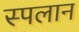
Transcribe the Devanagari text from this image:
स्पलान